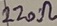
Text: 220Ω